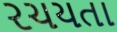
રચયતા